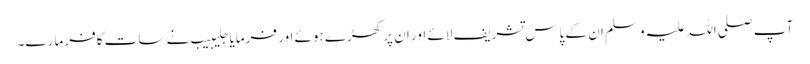
آپ صلی اللہ علیہ وسلم ان کے پاس تشریف لائے اور ان پر کھڑے ہوئے اور فرمایا جلیبیب نے سات کافر مارے۔